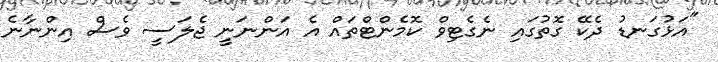
"އަޅުގަނޑު ދެކޭ ގޮތުގައި ނެގެޓިވް ކޮމެންޓްތައް އެ އަންނަނީ ޖެލަސީ ވެސް އިންނާނެ